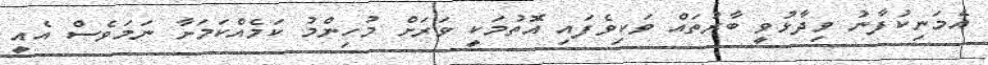
އެމަނިކުފާނު ވިދާޅުވީ ބާރުތައް ވަކިވެފައި އޮތުމަކީ ވަރަށް މުހިންމު ކަމެއްކަމަށާ ނަމަވެސް އެއީ